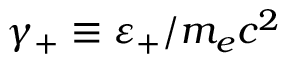
\gamma _ { + } \equiv \varepsilon _ { + } / m _ { e } c ^ { 2 }